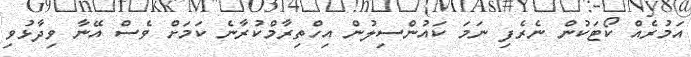
އަމުރެއް ކޯޓަކުން ނެރެފި ނަމަ ކައުންސިލުން އިހްތިރާމްކުރާނެ ކަމަށް ވެސް އޭނާ ވިދާޅުވި